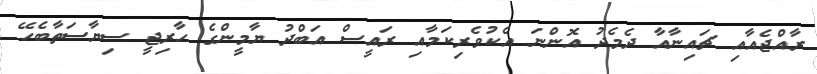
ރާއްޖެއާއި ޗައިނާއާ ދެމެދު އޮންނަ އެކުވެރިކަމާއި ރައީސް އަބްދު ޔާމީންގެ ހާރިޖީ ސިޔާސަތާބެހޭ